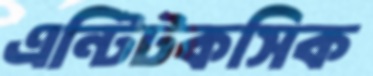
এন্টিটকসিক